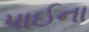
પાઈના